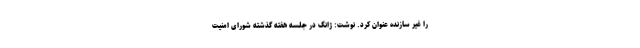
را غیر سازنده عنوان کرد. نوشت: ژانگ در جلسه هفته گذشته شورای امنیت